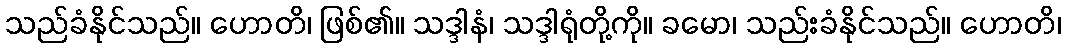
သည်ခံနိုင်သည်။ ဟောတိ၊ ဖြစ်၏။ သဒ္ဒါနံ၊ သဒ္ဒါရုံတို့ကို။ ခမော၊ သည်းခံနိုင်သည်။ ဟောတိ၊